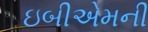
ઇબીએમની